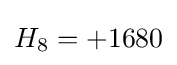
H_{8}=+1680